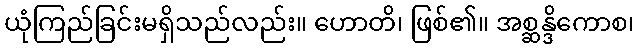
ယုံကြည်ခြင်းမရှိသည်လည်း။ ဟောတိ၊ ဖြစ်၏။ အစ္ဆန္ဒိကောစ၊